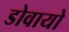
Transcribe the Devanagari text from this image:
डोवायो